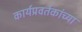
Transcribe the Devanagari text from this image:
कार्यप्रवर्तकांच्या